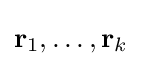
\mathbf {r} _{1},\ldots ,\mathbf {r} _{k}